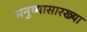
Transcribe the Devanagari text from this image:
मनुष्यासारख्या